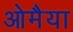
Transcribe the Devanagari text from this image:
ओमैया